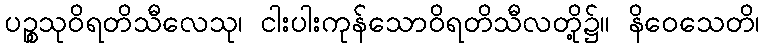
ပဉ္စသုဝိရတိသီလေသု၊ ငါးပါးကုန်သောဝိရတိသီလတို့၌။ နိဝေသေတိ၊